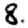
Digit: 8